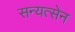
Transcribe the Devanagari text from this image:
सन्यत्सेन